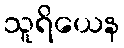
သူရိယေန